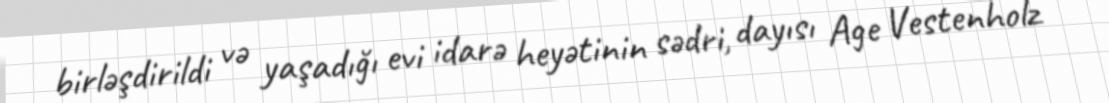
birləşdirildi və yaşadığı evi idarə heyətinin sədri, dayısı Age Vestenholz